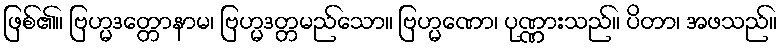
ဖြစ်၏။ ဗြဟ္မဒတ္တောနာမ၊ ဗြဟ္မဒတ္တမည်သော။ ဗြဟ္မဏော၊ ပုဏ္ဏားသည်။ ပိတာ၊ အဖသည်။